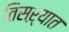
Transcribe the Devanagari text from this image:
तिसऱ्यात